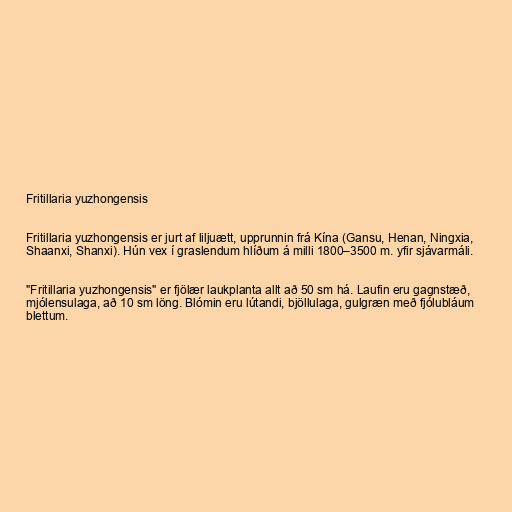
Fritillaria yuzhongensis

Fritillaria yuzhongensis er jurt af liljuætt, upprunnin frá Kína (Gansu, Henan, Ningxia,
Shaanxi, Shanxi). Hún vex í graslendum hlíðum á milli 1800–3500 m. yfir sjávarmáli.

"Fritillaria yuzhongensis" er fjölær laukplanta allt að 50 sm há. Laufin eru gagnstæð,
mjólensulaga, að 10 sm löng. Blómin eru lútandi, bjöllulaga, gulgræn með fjólubláum
blettum.